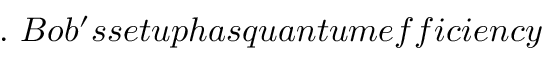
. \ B o b ^ { \prime } s s e t u p h a s q u a n t u m e f f i c i e n c y